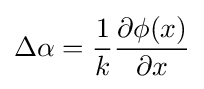
\Delta \alpha ={\frac {1}{k}}{\frac {\partial \phi (x)}{\partial x}}